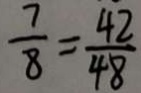
\frac { 7 } { 8 } = \frac { 4 2 } { 4 8 }